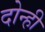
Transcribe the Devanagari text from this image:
दोन्‍ही